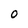
Character: 0